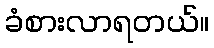
ခံစားလာရတယ်။